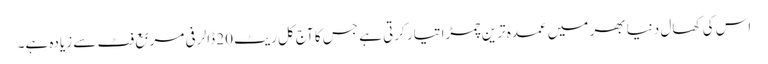
اس کی کھال دنیا بھر میں عمدہ ترین چمڑا تیار کرتی ہے جس کا آج کل ریٹ 20 ڈالر فی مربع فٹ سے زیادہ ہے۔